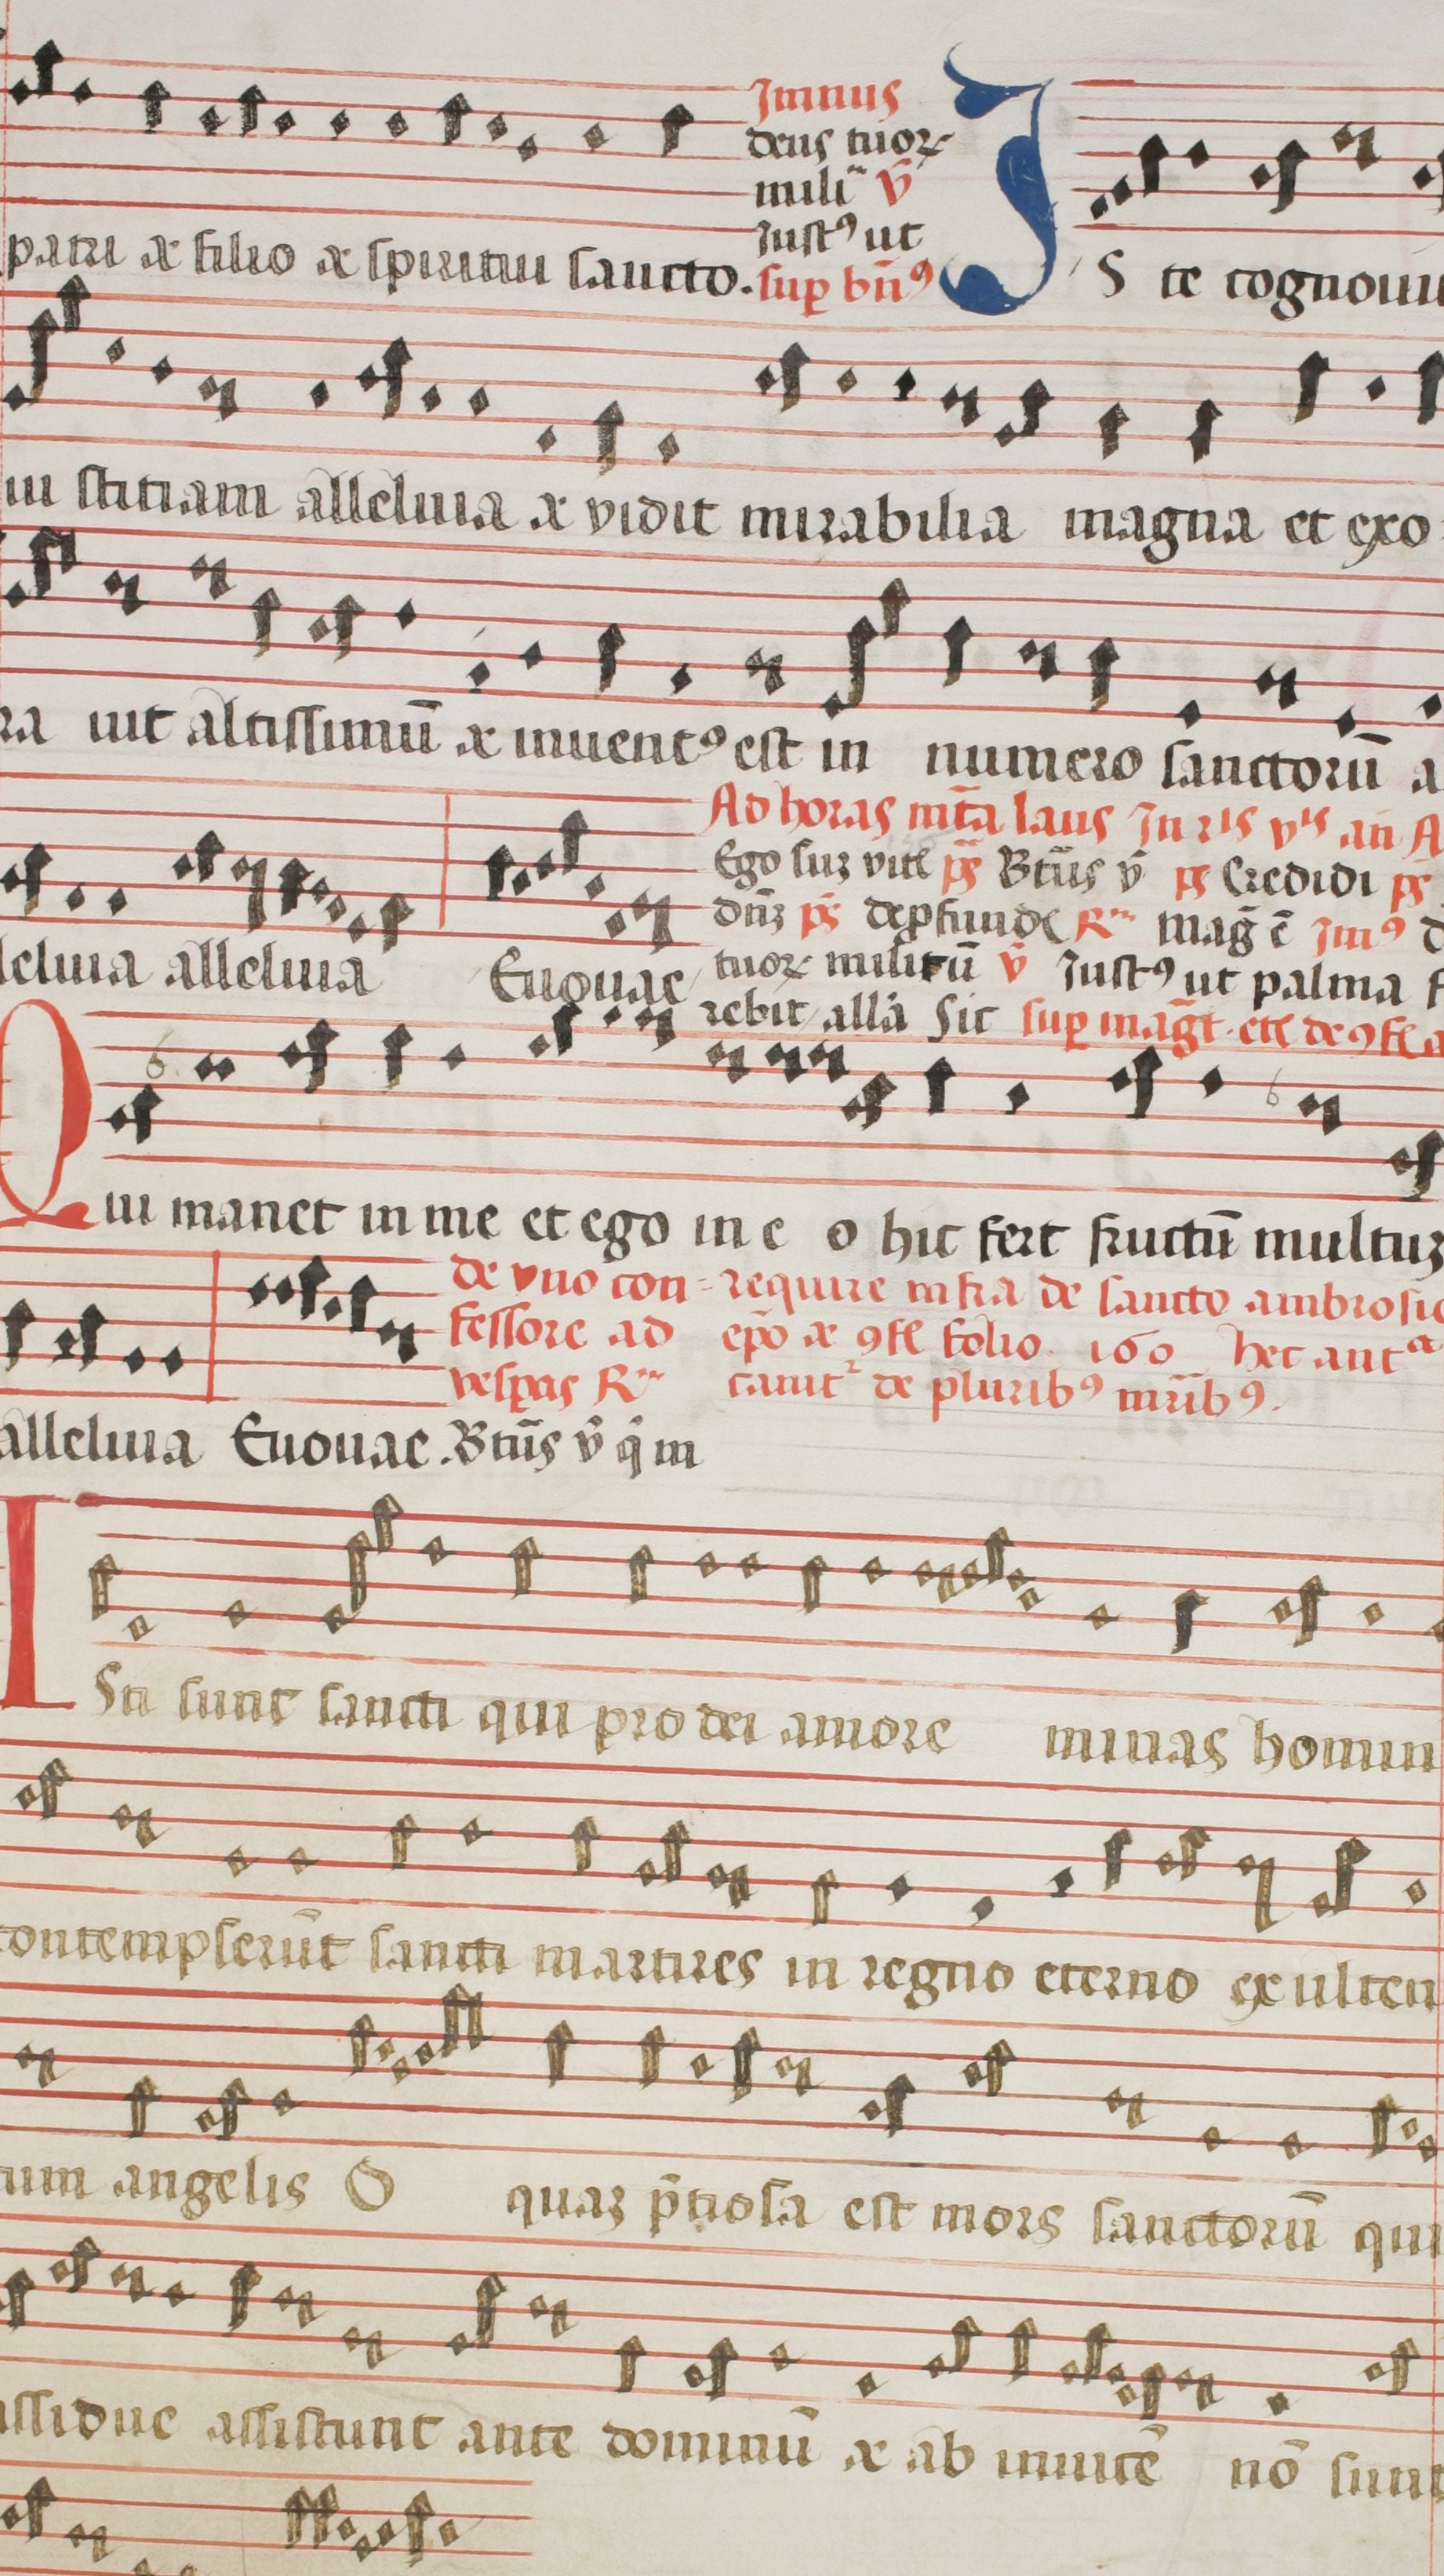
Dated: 1544–1544